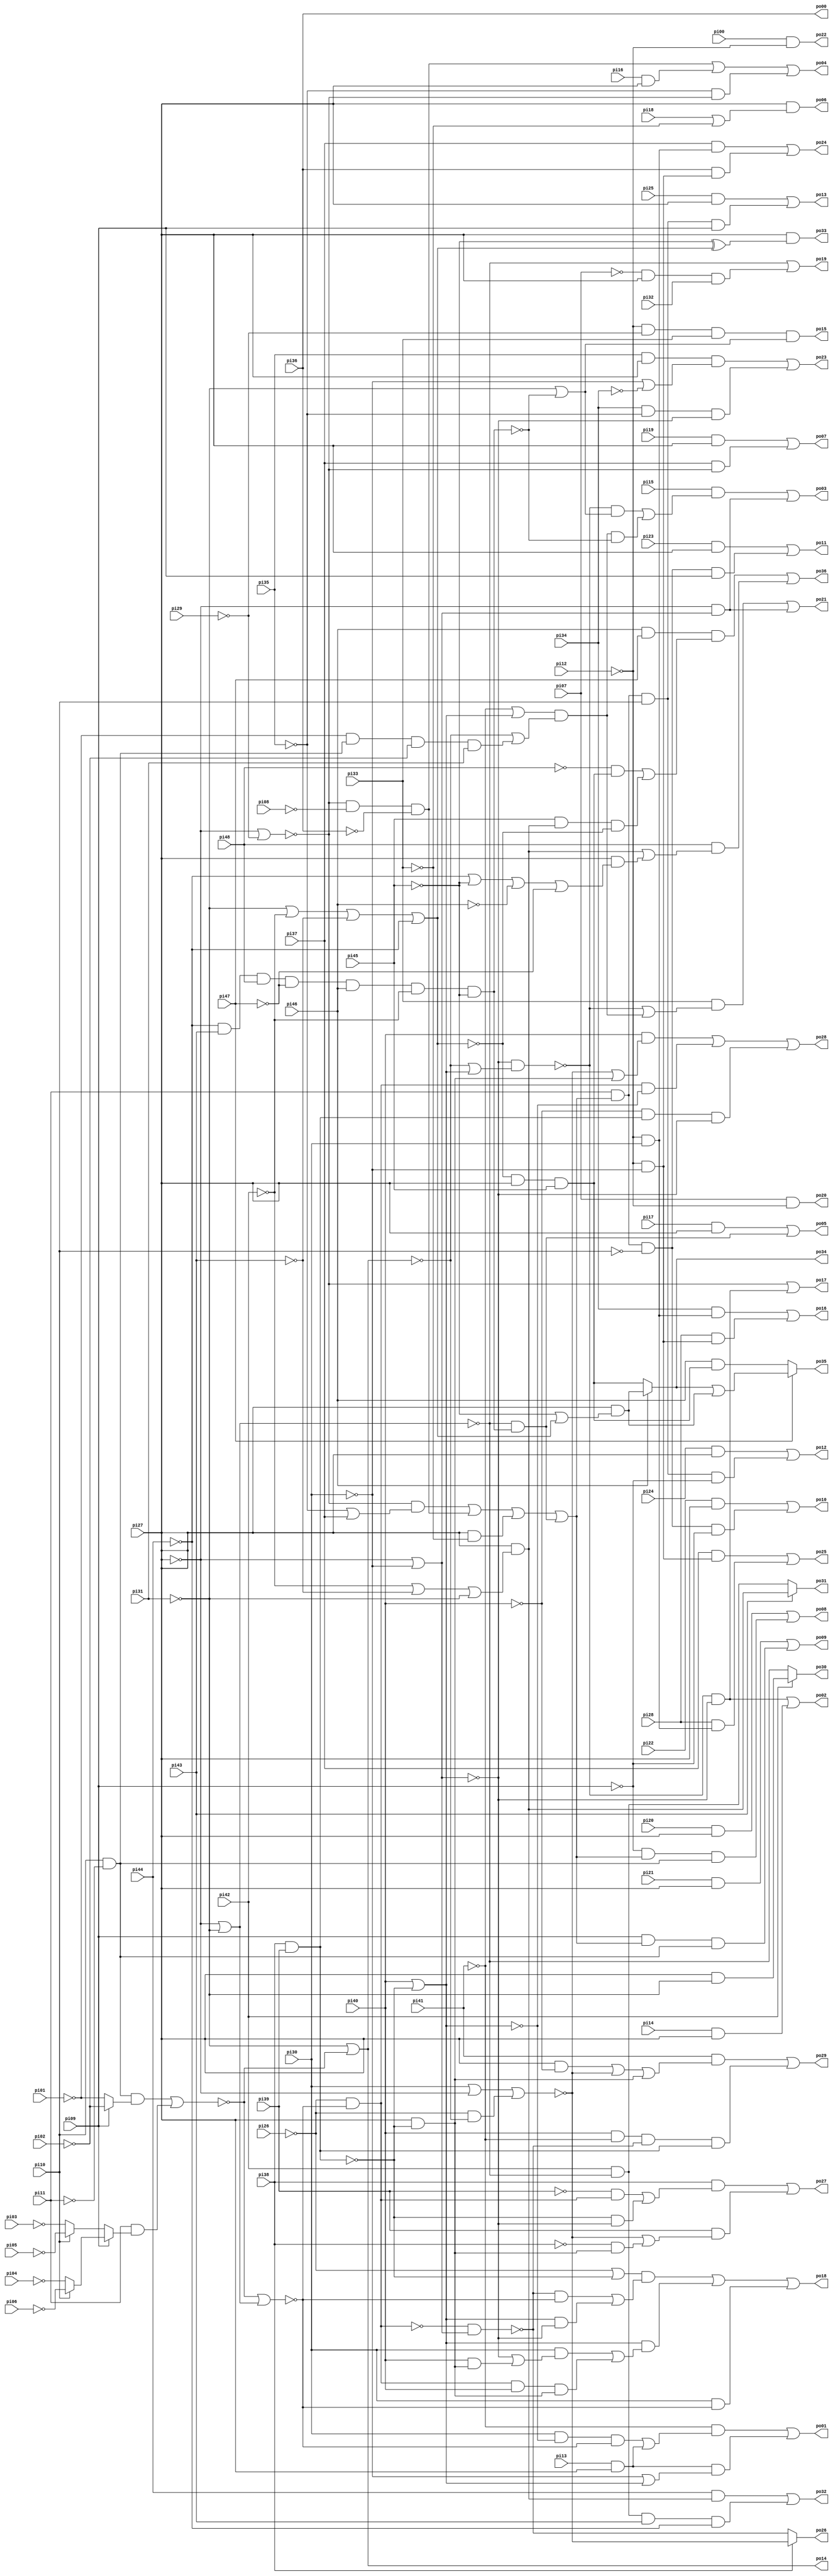
// Benchmark "apex7" written by ABC on Thu Mar 19 13:02:36 2020

module apex7 ( 
    pi00, pi01, pi02, pi03, pi04, pi05, pi06, pi07, pi08, pi09, pi10, pi11,
    pi12, pi13, pi14, pi15, pi16, pi17, pi18, pi19, pi20, pi21, pi22, pi23,
    pi24, pi25, pi26, pi27, pi28, pi29, pi30, pi31, pi32, pi33, pi34, pi35,
    pi36, pi37, pi38, pi39, pi40, pi41, pi42, pi43, pi44, pi45, pi46, pi47,
    pi48,
    po00, po01, po02, po03, po04, po05, po06, po07, po08, po09, po10, po11,
    po12, po13, po14, po15, po16, po17, po18, po19, po20, po21, po22, po23,
    po24, po25, po26, po27, po28, po29, po30, po31, po32, po33, po34, po35,
    po36  );
  input  pi00, pi01, pi02, pi03, pi04, pi05, pi06, pi07, pi08, pi09,
    pi10, pi11, pi12, pi13, pi14, pi15, pi16, pi17, pi18, pi19, pi20, pi21,
    pi22, pi23, pi24, pi25, pi26, pi27, pi28, pi29, pi30, pi31, pi32, pi33,
    pi34, pi35, pi36, pi37, pi38, pi39, pi40, pi41, pi42, pi43, pi44, pi45,
    pi46, pi47, pi48;
  output po00, po01, po02, po03, po04, po05, po06, po07, po08, po09, po10,
    po11, po12, po13, po14, po15, po16, po17, po18, po19, po20, po21, po22,
    po23, po24, po25, po26, po27, po28, po29, po30, po31, po32, po33, po34,
    po35, po36;
  wire new_n123_, new_n124_, new_n125_, new_n126_, new_n127_, new_n128_,
    new_n129_, new_n130_, new_n131_, new_n132_, new_n133_, new_n134_,
    new_n135_, new_n136_, new_n137_, new_n138_, new_n139_, new_n140_,
    new_n141_, new_n142_, new_n143_, new_n144_;
  assign po01 = (~pi41 & ((pi30 & ~new_n123_ & ~new_n124_) | (pi13 & pi27))) | (pi13 & pi27 & (~pi30 | new_n123_));
  assign po02 = (~new_n125_ & ~new_n126_) | (pi14 & pi27);
  assign po03 = (pi15 & ((~new_n125_ & (~pi31 | ~new_n128_)) | (new_n127_ & ~new_n128_))) | (~pi27 & new_n126_);
  assign po04 = new_n129_ | (pi16 & pi27) | (~pi35 & ~new_n130_);
  assign po05 = (pi17 & pi27) | (~new_n131_ & new_n128_);
  assign po06 = pi27 & (pi18 | ~pi33);
  assign po07 = (pi19 & pi27) | (pi37 & ~new_n130_);
  assign po08 = (pi20 & pi27) | (~pi09 & new_n132_ & new_n133_);
  assign po09 = (pi21 & pi27) | (pi09 & new_n132_ & new_n133_);
  assign po10 = (pi22 & pi27) | (pi11 & new_n132_ & ~pi10 & ~pi09);
  assign po11 = (pi23 & pi27) | (pi11 & new_n132_ & ~pi10 & pi09);
  assign po12 = (pi24 & pi27) | (pi11 & new_n132_ & pi10 & ~pi09);
  assign po13 = (pi25 & pi27) | (pi11 & new_n132_ & pi10 & pi09);
  assign po14 = ~pi31 | ~new_n134_;
  assign po15 = ~pi12 & ~pi29 & pi33 & (~pi31 | ~new_n128_);
  assign po16 = (pi34 & new_n136_) | (pi28 & new_n135_);
  assign po17 = ~new_n130_ | (~new_n125_ & ~new_n126_);
  assign po18 = ((~pi26 | ~new_n138_) & ((~new_n139_ & ~new_n124_) | (new_n123_ & ~new_n126_))) | (new_n123_ & ((pi30 & (~new_n126_ | (pi40 & new_n140_))) | (new_n137_ & pi40 & new_n140_))) | (pi30 & ~new_n124_);
  assign po19 = ~new_n131_ | (~pi07 & pi27 & pi32);
  assign po20 = pi07 & ~pi12;
  assign po21 = (pi33 & (~new_n125_ | new_n127_)) | (~pi27 & new_n126_);
  assign po22 = pi00 & ~pi12;
  assign po23 = (pi35 & pi27 & (~pi30 | ~pi34)) | (pi34 & ~pi35 & ~new_n126_);
  assign po24 = (pi37 & new_n136_) | (pi36 & new_n135_);
  assign po25 = (pi37 & new_n135_) | (pi28 & new_n136_);
  assign po26 = pi38 ? ~new_n141_ : ~new_n139_;
  assign po27 = (pi38 & ((~pi39 & new_n137_) | (~new_n138_ & ~new_n126_))) | (pi39 & (~new_n141_ | (~pi38 & new_n140_)));
  assign po28 = (pi40 & (~new_n141_ | new_n140_)) | (new_n137_ & ~new_n123_) | (~pi40 & new_n138_ & ~new_n126_);
  assign po29 = (pi41 & ((pi27 & ~pi40) | ~new_n141_ | new_n140_)) | (pi40 & ~pi41 & ~new_n139_ & new_n138_);
  assign po30 = pi42 ? (pi27 & ~pi31) : ~new_n131_;
  assign po31 = pi43 ? new_n142_ : (pi42 & ~new_n131_);
  assign po32 = (pi44 & new_n142_) | (pi42 & ~new_n131_ & pi43 & ~pi44);
  assign po33 = pi27 & (~pi45 ^ new_n143_);
  assign po34 = pi46 ? (pi27 & (~pi45 | new_n143_)) : new_n144_;
  assign po35 = pi47 ? (po34 | (pi27 & (~pi45 | new_n143_))) : (pi46 & new_n144_);
  assign po36 = (pi46 & pi47 & ((~pi48 & new_n144_) | (pi45 & new_n142_ & ~new_n143_))) | (pi48 & (new_n142_ | (pi27 & (~pi44 | ~pi45 | ~pi46 | ~pi47))));
  assign new_n123_ = pi40 | ~new_n138_;
  assign new_n124_ = ~new_n134_ | new_n131_;
  assign new_n125_ = ~new_n126_ & (~po14 | new_n123_);
  assign new_n126_ = ~pi27 | ~pi30;
  assign new_n127_ = (~pi41 | new_n123_) & (~po14 | (~pi01 & new_n133_ & ~pi02 & pi31));
  assign new_n128_ = ~pi44 & pi43 & pi48 & ~pi47 & pi46 & ~pi42 & ~pi45;
  assign new_n129_ = ~new_n130_ & ~pi08 & ~pi36;
  assign new_n130_ = ~pi27 | ~pi29;
  assign new_n131_ = ~pi27 | ~pi31;
  assign new_n132_ = (~new_n130_ & (~pi35 | pi37)) | new_n129_ | (pi27 & ~pi33) | (~new_n131_ & new_n128_);
  assign new_n133_ = pi10 & ~pi11;
  assign new_n134_ = (new_n133_ & (pi09 ? ~pi02 : ~pi01)) | (pi11 & (pi09 ? (pi10 ? ~pi06 : ~pi04) : (pi10 ? ~pi05 : ~pi03)));
  assign new_n135_ = ~pi12 & ~pi30;
  assign new_n136_ = ~pi12 & pi30;
  assign new_n137_ = ~pi26 & ~new_n124_;
  assign new_n138_ = pi38 & pi39;
  assign new_n139_ = ~new_n137_ & new_n126_;
  assign new_n140_ = pi27 & ~new_n138_;
  assign new_n141_ = pi30 | ~pi27 | (~pi26 & ~po14);
  assign new_n142_ = pi27 & (~pi42 | ~pi43 | ~pi31);
  assign new_n143_ = ~pi31 | ~pi42 | ~pi43 | ~pi44;
  assign new_n144_ = ~new_n143_ & pi27 & pi45;
  assign po00 = pi36;
endmodule